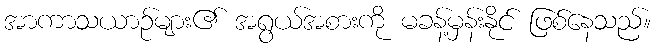
အာကာသယာဉ်များ၏ အရွယ်အစားကို မခန့်မှန်းနိုင် ဖြစ်နေသည်။